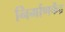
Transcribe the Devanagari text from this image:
निर्माणकेंद्र